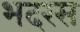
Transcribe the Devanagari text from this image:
भदरस